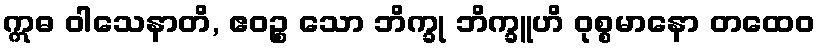
ဣဓ ဝါသေနာတိ, ဧဝဉ္စ သော ဘိက္ခု ဘိက္ခူဟိ ဝုစ္စမာနော တထေဝ